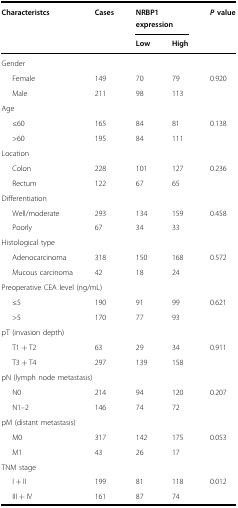
<table><thead><tr><td><b>Characteristcs</b></td><td><b>Cases</b></td><td colspan="2"><b>NRBP1 expression</b></td><td><b><i>P</i> value</b></td></tr><tr><td></td><td></td><td><b>Low</b></td><td><b>High</b></td><td></td></tr></thead><tbody><tr><td colspan="5">Gender</td></tr><tr><td>Female</td><td>149</td><td>70</td><td>79</td><td>0.920</td></tr><tr><td>Male</td><td>211</td><td>98</td><td>113</td><td></td></tr><tr><td colspan="5">Age</td></tr><tr><td>≤60</td><td>165</td><td>84</td><td>81</td><td>0.138</td></tr><tr><td>&gt;60</td><td>195</td><td>84</td><td>111</td><td></td></tr><tr><td colspan="5">Location</td></tr><tr><td>Colon</td><td>228</td><td>101</td><td>127</td><td>0.236</td></tr><tr><td>Rectum</td><td>122</td><td>67</td><td>65</td><td></td></tr><tr><td colspan="5">Differentiation</td></tr><tr><td>Well/moderate</td><td>293</td><td>134</td><td>159</td><td>0.458</td></tr><tr><td>Poorly</td><td>67</td><td>34</td><td>33</td><td></td></tr><tr><td colspan="5">Histological type</td></tr><tr><td>Adenocarcinoma</td><td>318</td><td>150</td><td>168</td><td>0.572</td></tr><tr><td>Mucous carcinoma</td><td>42</td><td>18</td><td>24</td><td></td></tr><tr><td colspan="5">Preoperative CEA level (ng/mL)</td></tr><tr><td>≤5</td><td>190</td><td>91</td><td>99</td><td>0.621</td></tr><tr><td>&gt;5</td><td>170</td><td>77</td><td>93</td><td></td></tr><tr><td colspan="5">pT (invasion depth)</td></tr><tr><td>T1 + T2</td><td>63</td><td>29</td><td>34</td><td>0.911</td></tr><tr><td>T3 + T4</td><td>297</td><td>139</td><td>158</td><td></td></tr><tr><td colspan="5">pN (lymph node metastasis)</td></tr><tr><td>N0</td><td>214</td><td>94</td><td>120</td><td>0.207</td></tr><tr><td>N1–2</td><td>146</td><td>74</td><td>72</td><td></td></tr><tr><td colspan="5">pM (distant metastasis)</td></tr><tr><td>M0</td><td>317</td><td>142</td><td>175</td><td>0.053</td></tr><tr><td>M1</td><td>43</td><td>26</td><td>17</td><td></td></tr><tr><td colspan="5">TNM stage</td></tr><tr><td>I + II</td><td>199</td><td>81</td><td>118</td><td>0.012</td></tr><tr><td>III + IV</td><td>161</td><td>87</td><td>74</td><td></td></tr></tbody></table>